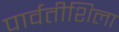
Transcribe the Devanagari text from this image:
पार्वतीशिला